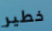
خطير